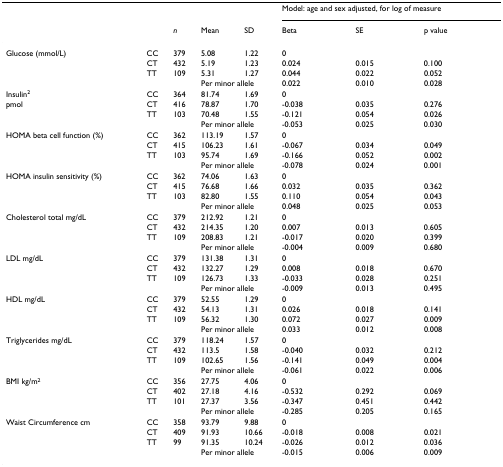
<table><thead><tr><td></td><td></td><td></td><td></td><td></td><td colspan="3"><b>Model: age and sex adjusted, for log of measure</b></td></tr><tr><td></td><td></td><td><b><i>n</i></b></td><td><b>Mean</b></td><td><b>SD</b></td><td><b>Beta</b></td><td><b>SE</b></td><td><b>p value</b></td></tr></thead><tbody><tr><td>Glucose (mmol/L)</td><td>CC</td><td>379</td><td>5.08</td><td>1.22</td><td>0</td><td></td><td></td></tr><tr><td></td><td>CT</td><td>432</td><td>5.19</td><td>1.23</td><td>0.024</td><td>0.015</td><td>0.100</td></tr><tr><td></td><td>TT</td><td>109</td><td>5.31</td><td>1.27</td><td>0.044</td><td>0.022</td><td>0.052</td></tr><tr><td></td><td></td><td></td><td colspan="2">Per minor allele</td><td>0.022</td><td>0.010</td><td>0.028</td></tr><tr><td>Insulin<sup>2</sup></td><td>CC</td><td>364</td><td>81.74</td><td>1.69</td><td>0</td><td></td><td></td></tr><tr><td>pmol</td><td>CT</td><td>416</td><td>78.87</td><td>1.70</td><td>-0.038</td><td>0.035</td><td>0.276</td></tr><tr><td></td><td>TT</td><td>103</td><td>70.48</td><td>1.55</td><td>-0.121</td><td>0.054</td><td>0.026</td></tr><tr><td></td><td></td><td></td><td colspan="2">Per minor allele</td><td>-0.053</td><td>0.025</td><td>0.030</td></tr><tr><td>HOMA beta cell function (%)</td><td>CC</td><td>362</td><td>113.19</td><td>1.57</td><td>0</td><td></td><td></td></tr><tr><td></td><td>CT</td><td>415</td><td>106.23</td><td>1.61</td><td>-0.067</td><td>0.034</td><td>0.049</td></tr><tr><td></td><td>TT</td><td>103</td><td>95.74</td><td>1.69</td><td>-0.166</td><td>0.052</td><td>0.002</td></tr><tr><td></td><td></td><td></td><td colspan="2">Per minor allele</td><td>-0.078</td><td>0.024</td><td>0.001</td></tr><tr><td>HOMA insulin sensitivity (%)</td><td>CC</td><td>362</td><td>74.06</td><td>1.63</td><td>0</td><td></td><td></td></tr><tr><td></td><td>CT</td><td>415</td><td>76.68</td><td>1.66</td><td>0.032</td><td>0.035</td><td>0.362</td></tr><tr><td></td><td>TT</td><td>103</td><td>82.80</td><td>1.55</td><td>0.110</td><td>0.054</td><td>0.043</td></tr><tr><td></td><td></td><td></td><td colspan="2">Per minor allele</td><td>0.048</td><td>0.025</td><td>0.053</td></tr><tr><td>Cholesterol total mg/dL</td><td>CC</td><td>379</td><td>212.92</td><td>1.21</td><td>0</td><td></td><td></td></tr><tr><td></td><td>CT</td><td>432</td><td>214.35</td><td>1.20</td><td>0.007</td><td>0.013</td><td>0.605</td></tr><tr><td></td><td>TT</td><td>109</td><td>208.83</td><td>1.21</td><td>-0.017</td><td>0.020</td><td>0.399</td></tr><tr><td></td><td></td><td></td><td colspan="2">Per minor allele</td><td>-0.004</td><td>0.009</td><td>0.680</td></tr><tr><td>LDL mg/dL</td><td>CC</td><td>379</td><td>131.38</td><td>1.31</td><td>0</td><td></td><td></td></tr><tr><td></td><td>CT</td><td>432</td><td>132.27</td><td>1.29</td><td>0.008</td><td>0.018</td><td>0.670</td></tr><tr><td></td><td>TT</td><td>109</td><td>126.73</td><td>1.33</td><td>-0.033</td><td>0.028</td><td>0.251</td></tr><tr><td></td><td></td><td></td><td colspan="2">Per minor allele</td><td>-0.009</td><td>0.013</td><td>0.495</td></tr><tr><td>HDL mg/dL</td><td>CC</td><td>379</td><td>52.55</td><td>1.29</td><td>0</td><td></td><td></td></tr><tr><td></td><td>CT</td><td>432</td><td>54.13</td><td>1.31</td><td>0.026</td><td>0.018</td><td>0.141</td></tr><tr><td></td><td>TT</td><td>109</td><td>56.32</td><td>1.30</td><td>0.072</td><td>0.027</td><td>0.009</td></tr><tr><td></td><td></td><td></td><td colspan="2">Per minor allele</td><td>0.033</td><td>0.012</td><td>0.008</td></tr><tr><td>Triglycerides mg/dL</td><td>CC</td><td>379</td><td>118.24</td><td>1.57</td><td>0</td><td></td><td></td></tr><tr><td></td><td>CT</td><td>432</td><td>113.5</td><td>1.58</td><td>-0.040</td><td>0.032</td><td>0.212</td></tr><tr><td></td><td>TT</td><td>109</td><td>102.65</td><td>1.56</td><td>-0.141</td><td>0.049</td><td>0.004</td></tr><tr><td></td><td></td><td></td><td colspan="2">Per minor allele</td><td>-0.061</td><td>0.022</td><td>0.006</td></tr><tr><td>BMI kg/m<sup>2</sup></td><td>CC</td><td>356</td><td>27.75</td><td>4.06</td><td>0</td><td></td><td></td></tr><tr><td></td><td>CT</td><td>402</td><td>27.18</td><td>4.16</td><td>-0.532</td><td>0.292</td><td>0.069</td></tr><tr><td></td><td>TT</td><td>101</td><td>27.37</td><td>3.56</td><td>-0.347</td><td>0.451</td><td>0.442</td></tr><tr><td></td><td></td><td></td><td colspan="2">Per minor allele</td><td>-0.285</td><td>0.205</td><td>0.165</td></tr><tr><td>Waist Circumference cm</td><td>CC</td><td>358</td><td>93.79</td><td>9.88</td><td>0</td><td></td><td></td></tr><tr><td></td><td>CT</td><td>409</td><td>91.93</td><td>10.66</td><td>-0.018</td><td>0.008</td><td>0.021</td></tr><tr><td></td><td>TT</td><td>99</td><td>91.35</td><td>10.24</td><td>-0.026</td><td>0.012</td><td>0.036</td></tr><tr><td></td><td></td><td></td><td colspan="2">Per minor allele</td><td>-0.015</td><td>0.006</td><td>0.009</td></tr></tbody></table>